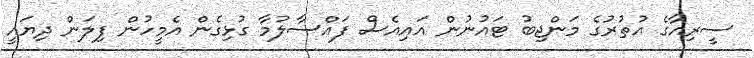
ސީރިއާގެ އުތުރުގެ މަންޖިބު ޓައުނުން އައިއެސް ފައްސާލުމާ ގުޅިގެން އެމީހުން ފިލަން ދިޔައީ